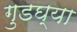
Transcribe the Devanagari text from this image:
गुडघ्या